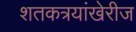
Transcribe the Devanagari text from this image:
शतकत्रयांखेरीज